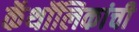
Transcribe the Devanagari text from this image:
कॅथॉलिकांची